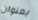
بعنوان